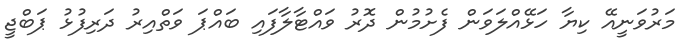
މަރުވަނީއޭ ކިޔާ ހަޅޭއްލަވަން ފެށުމުން ދޮރު ވައްޓާލާފައި ބައްޕަ ވަތްއިރު ދަރިފުޅު ޕަބްޖީ